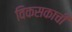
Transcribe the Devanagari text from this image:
विकसकाची